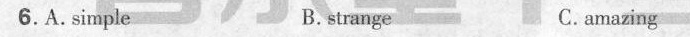
6. A. Simple B. strange c. amazing